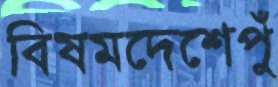
বিষমদেশেপুঁ